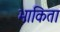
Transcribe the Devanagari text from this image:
भाकिता